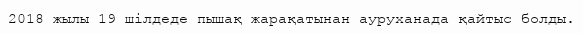
2018 жылы 19 шілдеде пышақ жарақатынан ауруханада қайтыс болды.